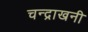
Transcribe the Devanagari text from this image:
चन्द्राखनी